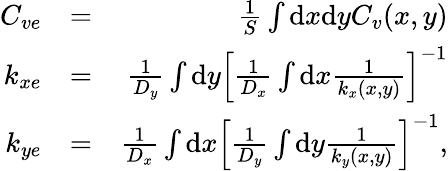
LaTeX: \begin{array}{rlr}{C_{ve}}&{=}&{\frac{1}{S}\int\mathrm{d}x\mathrm{d}yC_{v}(x,y)}\\ {k_{xe}}&{=}&{\frac{1}{D_{y}}\int\mathrm{d}y\left[\frac{1}{D_{x}}\int\mathrm{d}x\frac{1}{k_{x}(x,y)}\right]^{-1}}\\ {k_{ye}}&{=}&{\frac{1}{D_{x}}\int\mathrm{d}x\left[\frac{1}{D_{y}}\int\mathrm{d}y\frac{1}{k_{y}(x,y)}\right]^{-1},}\end{array}